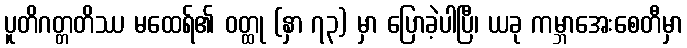
ပူတိဂတ္တတိဿ မထေရ်၏ ဝတ္ထု (နှာ ၇၃) မှာ ပြောခဲ့ပါပြီ၊ ယခု ကမ္ဘာအေးစေတီမှာ